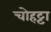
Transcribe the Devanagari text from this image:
चोहट्टा